Civil Veterinary Department. United Provinces 1932-42 - 1932-1942
Year: 1932
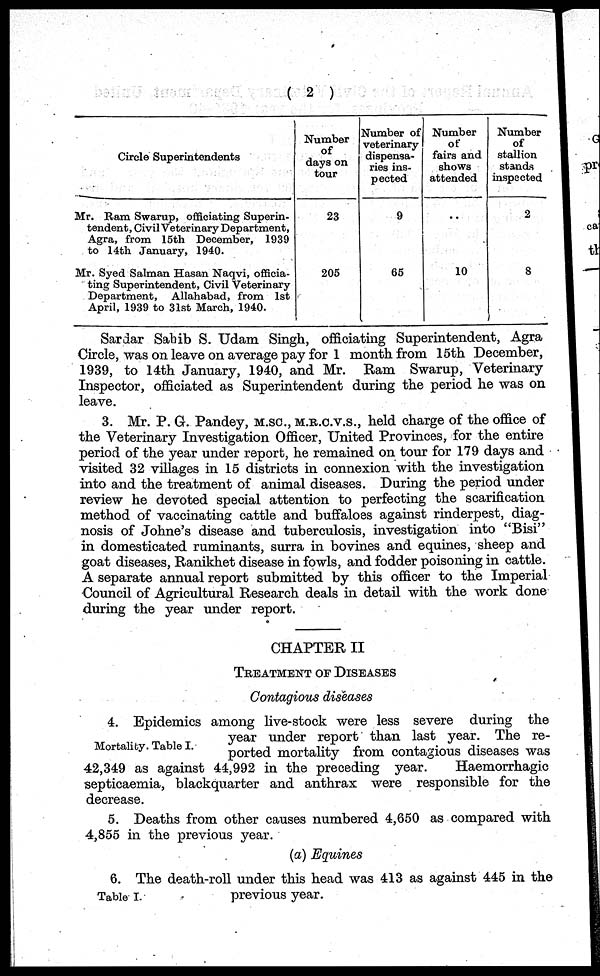
( 2 )
Circle Superintendents
Mr. Ram Swarup, officiating Superin-
tendent, Civil Veterinary Department,
Agra, from 15th December, 1939
to 14th January, 1940.
Mr. Syed Salman Hasan Naqvi, officia-
ting Superintendent, Civil Veterinary
Department, Allahabad, from 1st
April, 1939 to 31st March, 1940.
Number
of
days on
tour
23
205
Number of
veterinary
dispensa-
ries ins-
pected
9
65
Number
of
fairs and
shows
attended
..
10
Number
of
stallion
stands
inspected
2
8
Sardar Sahib S. Udam Singh, officiating Superintendent, Agra
Circle, was on leave on average pay for 1 month from 15th December,
1939, to 14th January, 1940, and Mr. Ram Swarup, Veterinary
Inspector, officiated as Superintendent during the period he was on
leave.
3. Mr. P. G. Pandey, M.Sc., M.R.C.V.S., held charge of the office of
the Veterinary Investigation Officer, United Provinces, for the entire
period of the year under report, he remained on tour for 179 days and
visited 32 villages in 15 districts in connexion with the investigation
into and the treatment of animal diseases. During the period under
review he devoted special attention to perfecting the scarification
method of vaccinating cattle and buffaloes against rinderpest, diag-
nosis of Johne's disease and tuberculosis, investigation into "Bisi"
in domesticated ruminants, surra in bovines and equines, sheep and
goat diseases, Ranikhet disease in fowls, and fodder poisoning in cattle.
A separate annual report submitted by this officer to the Imperial
Council of Agricultural Research deals in detail with the work done
during the year under report.
CHAPTER II
TREATMENT OF DISEASES
Contagious diseases
Mortality. Table I.
4. Epidemics among live-stock were less severe during the
year under report than last year. The re-
ported mortality from contagious diseases was
42,349 as against 44,992 in the preceding year.
Haemorrhagic
septicaemia, blackquarter and anthrax were responsible for the
decrease.
5. Deaths from other causes numbered 4,650 as compared with
4,855 in the previous year.
(a) Equines
Table I.
6. The death-roll under this head was 413 as against 445 in the
previous year.